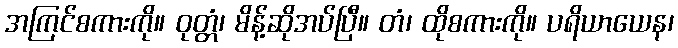
အကြင်စကားကို။ ဝုတ္တံ၊ မိန့်ဆိုအပ်ပြီ။ တံ၊ ထိုစကားကို။ ပရိယာယေန၊